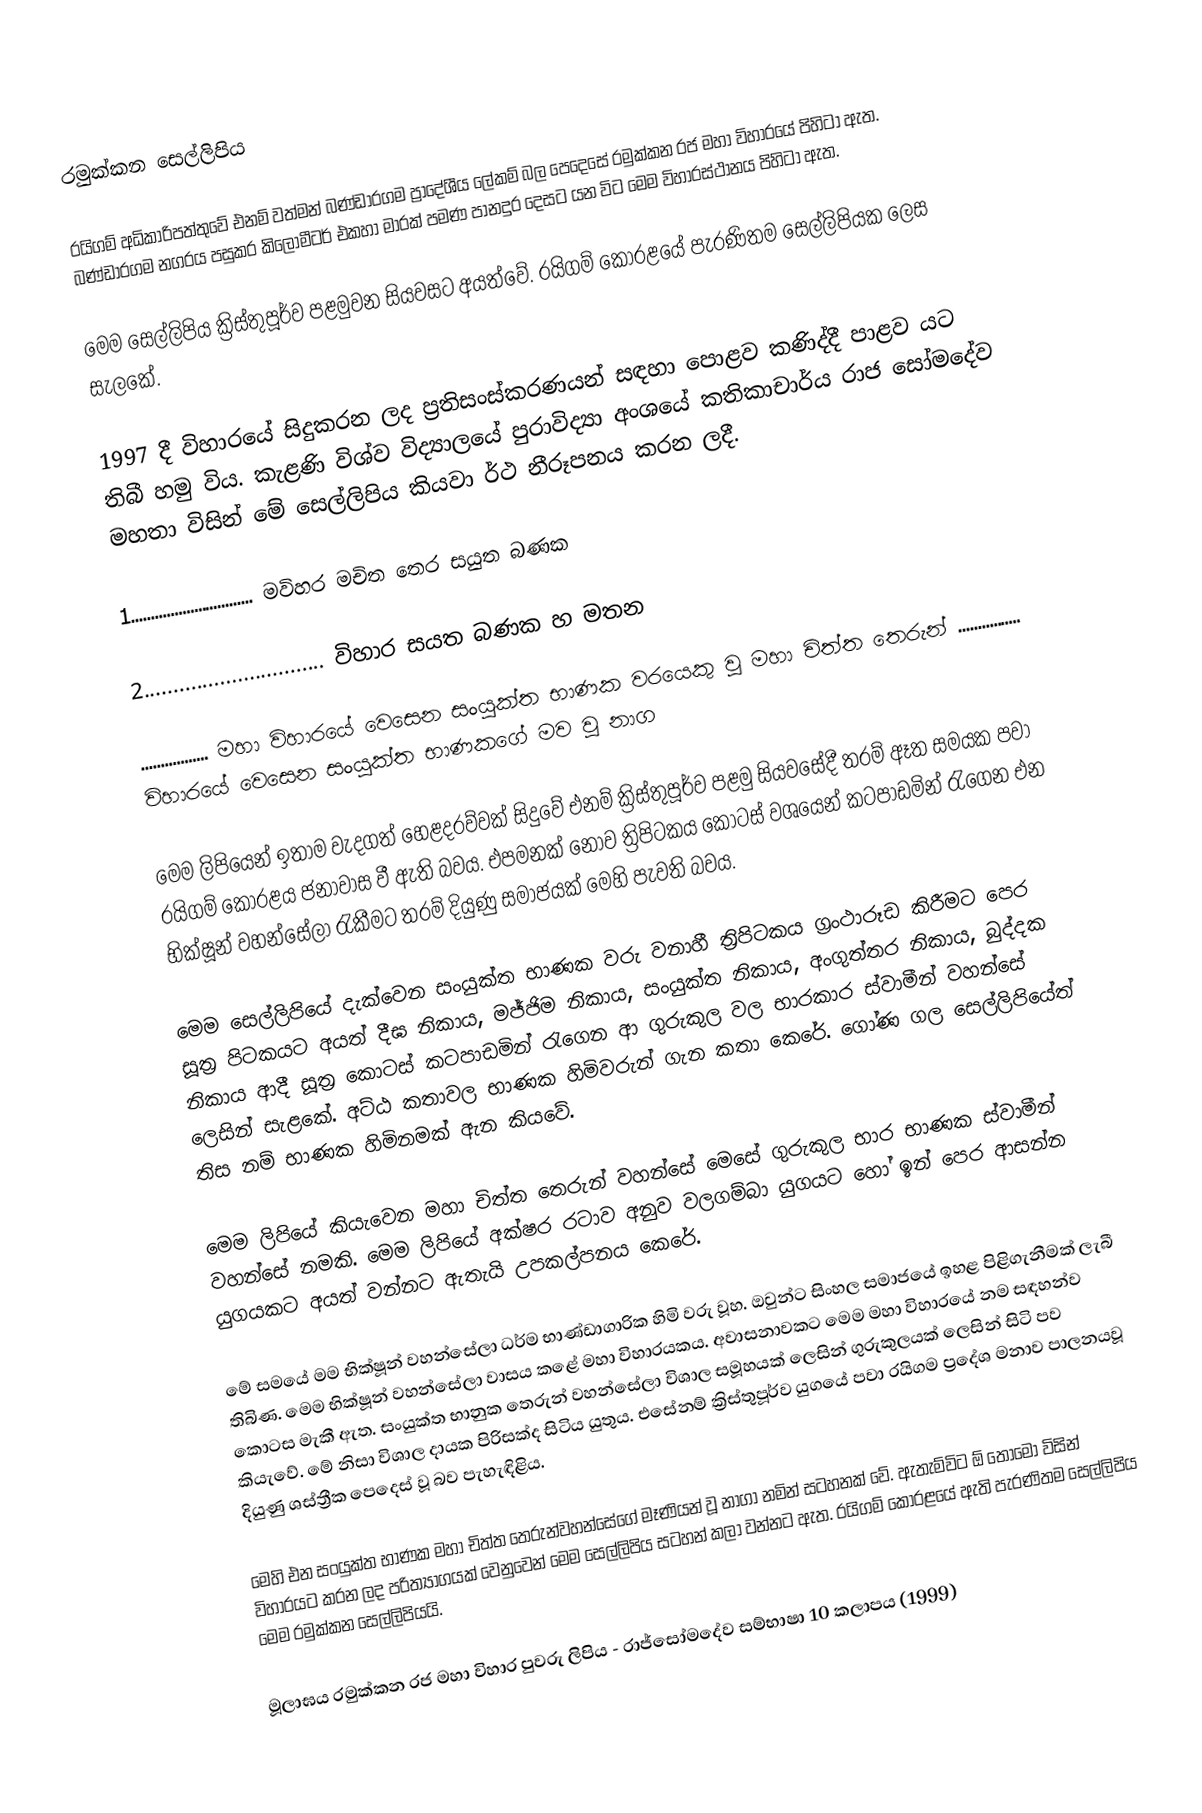
රමුක්කන සෙල්ලිපිය

රයිගම් අධිකාරිපත්තුවේ එනම් වත්මන් බණ්ඩාරගම ප්‍රාදේශීය ලේකම් බල පෙදෙසේ රමුක්කන රජ මහා විහාරයේ පිහිටා ඇත. බණ්ඩාරගම නගරය පසුකර කිලෝමීටර් එකහා මාරක් පමණ පානදුර දෙසට යන විට මෙම විහාරස්ථානය පිහිටා ඇත.

මෙම සෙල්ලිපිය ක්‍රිස්තුපූර්ව පළමුවන සියවසට අයත්වේ. රයිගම් කෝරළයේ පැරණිතම සෙල්ලිපියක ලෙස සැලකේ.

1997 දී විහාරයේ සිදුකරන ලද ප්‍රතිසංස්කරණයන් සඳහා පොළව කණිද්දී පාළව යට තිබී හමු විය. කැළණි විශ්ව විද්‍යාලයේ පුරාවිද්‍යා අංශයේ කතිකාචාර්ය රාජ සෝමදේව මහතා විසින් මේ සෙල්ලිපිය කියවා ර්ථ නීරූපනය කරන ලදී.

1............................... මවිහර මචිත තෙර සයුත බණක

2............................... විහාර සයත බණක හ මතන

................. මහා විහාරයේ  වෙසෙන සංයුක්ත භාණක වරයෙකු වූ මහා චිත්ත තෙරුන්  ................ විහාරයේ වෙසෙන සංයුක්ත භාණකගේ මව වූ නාග

මෙම ලිපියෙන් ඉතාම වැදගත් හෙළදරව්වක් සිදුවේ එනම් ක්‍රිස්තුපූර්ව පළමු සියවසේදී තරම් ඈත සමයක පවා රයිගම් කෝරළය ජනාවාස වී ඇති බවය. එපමනක් නොව ත්‍රිපිටකය කොටස් වශයෙන් කටපාඩමින් රැගෙන එන භික්ෂූන් වහන්සේලා රැකීමට තරම් දියුණු සමාජයක් මෙහි පැවති බවය.

මෙම සෙල්ලිපියේ දැක්වෙන සංයුක්ත භාණක වරු වනාහී ත්‍රිපිටකය ග්‍රංථාරූඩ කිරීමට පෙර සූත්‍ර පිටකයට අයත් දීඝ නිකාය, මජ්ජිම නිකාය, සංයුක්ත නිකාය, අංගුත්තර නිකාය, බුද්දක නිකාය ආදී සූත්‍ර කොටස් කටපාඩමින් රැගෙන ආ ගුරුකුල වල භාරකාර ස්වාමීන් වහන්සේ ලෙසින් සැළකේ. අට්ඨ කතාවල භාණක හිමිවරුන් ගැන කතා කෙරේ. ගෝණ ගල සෙල්ලිපියේත් තිස නම් භාණක හිමිනමක් ඇන කියවේ.

මෙම ලිපියේ කියැවෙන මහා චිත්ත තෙරුන් වහන්සේ මෙසේ ගුරුකුල භාර භාණක ස්වාමීන් වහන්සේ නමකි. මෙම ලිපියේ අක්ෂර රටාව අනුව වලගම්බා යුගයට හෝ ඉන් පෙර ආසන්න යුගයකට අයත් වන්නට ඇතැයි උපකල්පනය කෙරේ.

මේ සමයේ මම භික්ෂූන් වහන්සේලා ධර්ම භාණ්ඩාගාරික හිමි වරු වූහ. ඔවුන්ට සිංහල සමාජයේ ඉහළ පිළිගැනීමක් ලැබී තිබිණ. මෙම භික්ෂූන් වහන්සේලා වාසය කළේ මහා විහාරයකය. අවාසනාවකට මෙම මහා විහාරයේ නම සඳහන්ව කොටස මැකී ඇත. සංයුක්ත භානුක තෙරුන් වහන්සේලා විශාල සමූහයක් ලෙසින් ගුරුකුලයක් ලෙසින් සිටි පව කියැවේ. මේ නිසා විශාල දායක පිරිසක්ද සිටිය යුතුය. එසේනම් ක්‍රිස්තුපූර්ව යුගයේ පවා රයිගම ප්‍රදේශ මනාව පාලනයවූ දියුණු ශස්ත්‍රීක පෙදෙස් වූ බව පැහැඳිළිය.

මෙහි එන සංයුක්ත භාණක මහා චිත්ත තෙරුන්වහන්සේගේ මෑණියන් වූ නාගා නමින් සටහනක් වේ. ඇතැම්විට ඕ තොමෝ විසින් විහාරයට කරන ලද පරිත්‍යාගයක් වෙනුවෙන් මෙම සෙල්ලිපිය සටහන් කලා වන්නට ඇත. රයිගම් කෝරළයේ ඇති පැරණිතම සෙල්ලිපිය මෙම රමුක්කන සෙල්ලිපියයි.

මූලාඝය රමුක්කන රජ මහා විහාර  පුවරු ලිපිය - රාජ්සෝමදේව සම්භාෂා 10 කලාපය (1999)